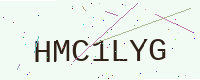
Text: HMC1LYG